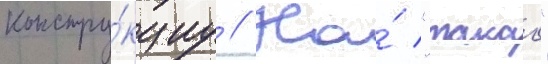
констру́кциу // На́ "такао"